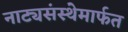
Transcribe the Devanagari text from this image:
नाट्यसंस्थेमार्फत